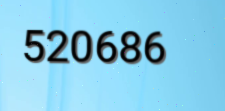
520686